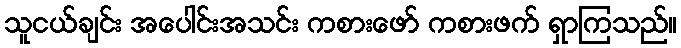
သူငယ်ချင်း အပေါင်းအသင်း ကစားဖော် ကစားဖက် ရှာကြသည်။